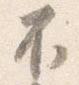
不